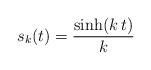
LaTeX: \begin{align*}s_{k}(t)=\frac{\sinh(k\,t)}{k}\end{align*}